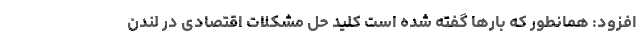
افزود: همانطور که بارها گفته شده است کلید حل مشکلات اقتصادی در لندن